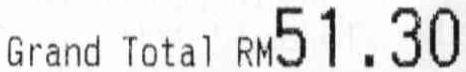
GRAND TOTAL RM51.30